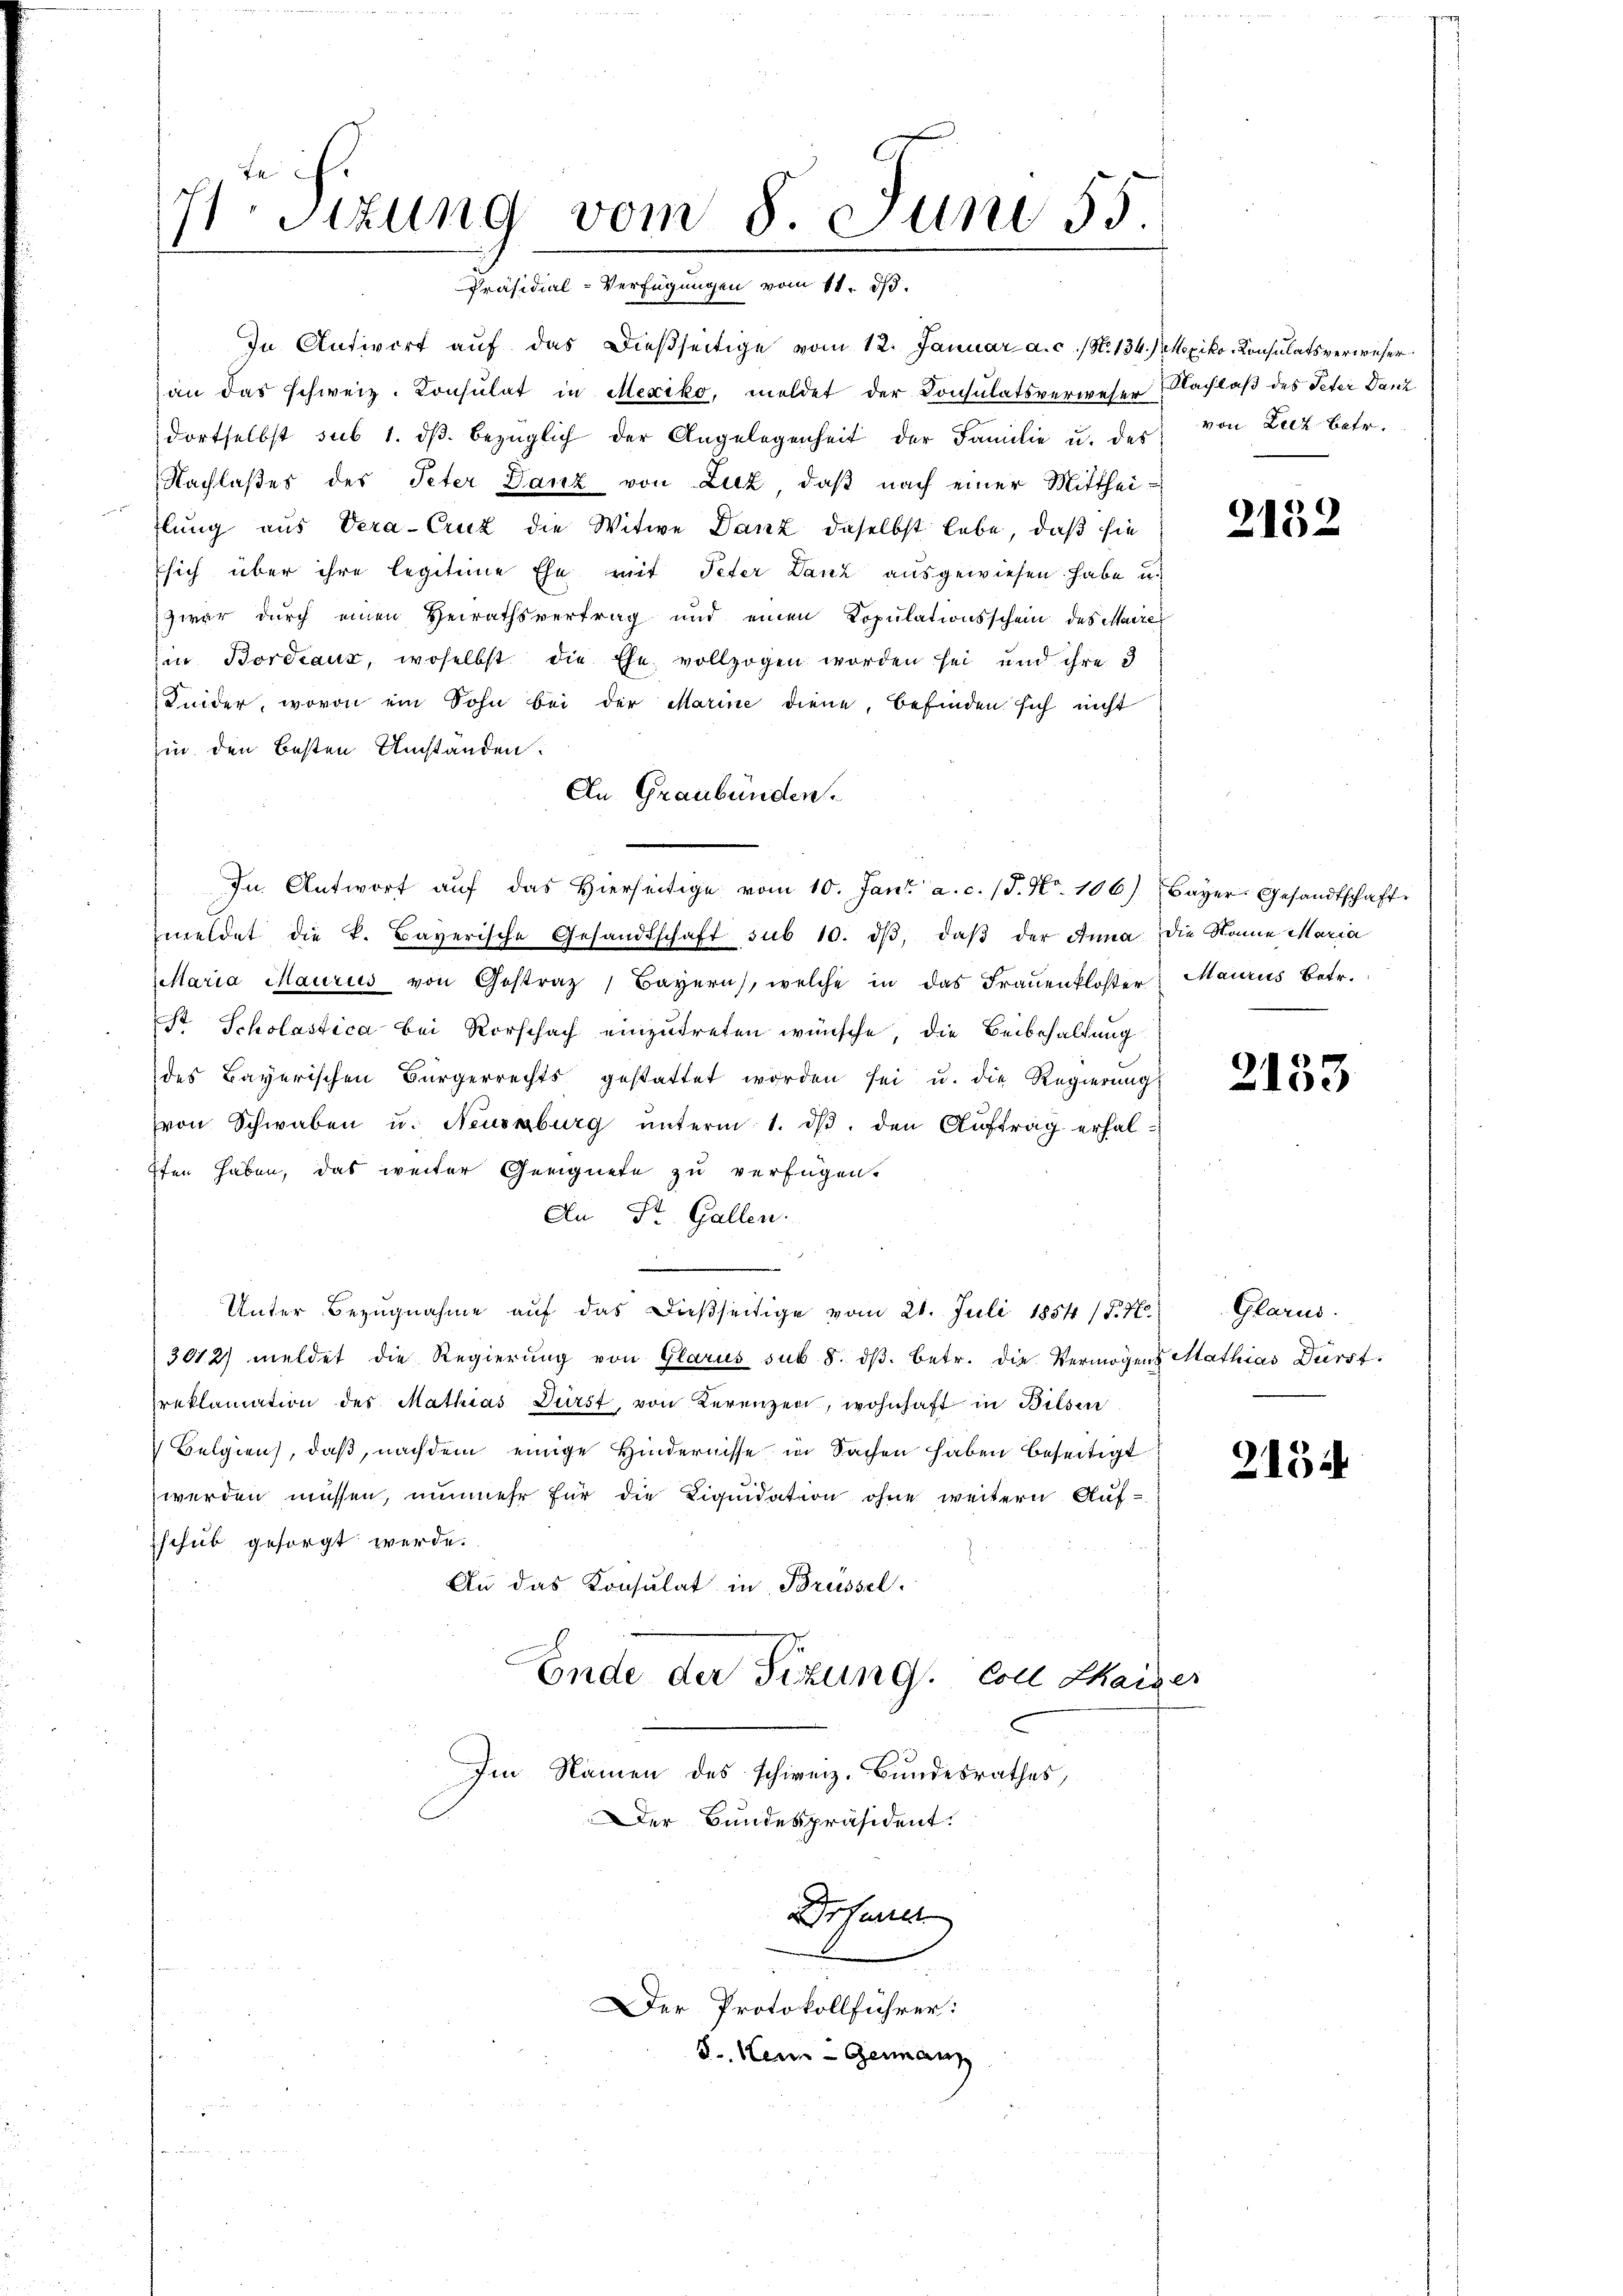
71 Sizung vom 8. Juni 55
Präsidial-Verfügungen vom 11. ds.

In Antwort auf das dießseitige vom 12. Januar a.c. (N. 134.) Mexiko-Konsulatsverweser
an das schweiz. Consulat in Mexiko, meldet der Consulatsverweser Nachlaß des Peter Danz
dortselbst sub 1. dβ. bezüglich der Angelegenheit der Familie u. der von Luz betr.
Nachlaßes des Peter Danz von Luz, daß nach einer Mittheiflung aus Vera-Crut die Witwe Dank daselbst lebe, daß sie
sich über ihre legitime Ehe mit Peter Lanz ausgewiesen habe u.
zwar durch einen Heirathsvertrag und einen Copulationsschein des Maire
in Bordeaus, woselbst die Ehe vollzogen worden sei und ihre 3
Leider, wovon ein Sohn bei der Marine diene, befinden sich nicht
zin den besten Umständen:
An Graubünden.
In Antwort aŭf das hierseitige vom 10. Jani a. c. (T. Nr. 106) Bayer. Gesandtschaft
meldet die k. Bayerische Gesandtschaft sub 10. dβ, daβ der Anna die Name Maria
etaria Maurus von Gestraz, Bayern, welche in das Frauenkloster
St Scholastica bei Rorschach einzutreten wünsche, die Beibehaltung
des Bayerischen Bürgerrechts gestattet worden sei u. die Regierŭng
von Schwaben u. Neuenburg ŭnterm 1. dβ. den Aŭftrag erhal-
ffen haben, das weiter Geeignete zu verfügen.
An St. Gallen.
—
Unter Bezugnahme auf das dießseitige vom 21. Juli 1854 (§. 7.
3012) meldet die Regierŭng von Glarus sub 8. dβ. betr. die Vermögens Mathias Dürstreklamation des Mathias Dürst, von Kerenzen, wohnhaft in Bilsen
Belgien, daß, nachdem einige Hindernisse in Sachen haben beseitigt
werden müssen, nunmehr für die Liquidation ohne weitern Aufschub gesorgt werde.
An das Konsulat in Brüssel.
Ende der Sitzung von Haige
Im Namen des schweiz. Bundesrathes,
Der Bundespräsident.
rfene
Der Protokollführer:
S. Kein Germann

2152

Mauris Betr.

2153

Glarus.

215